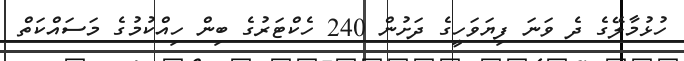
ހުޅުމާލޭގެ ދެ ވަނަ ފިޔަވަހީގެ ދަށުން 240 ހެކްޓަރުގެ ބިން ހިއްކުމުގެ މަސައްކަތް